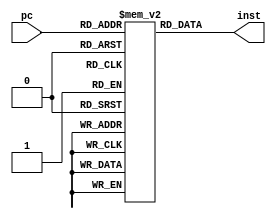
module imem(
input [12:2] pc,
output [31:0] inst
);
    reg [31:0] inst_mem[2048:0];
    assign inst = inst_mem[pc];
endmodule